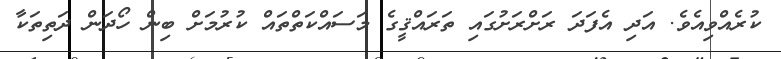
ކުރެއްވިއެވެ. އަދި އެފަދަ ރަށްރަށުގައި ތަރައްޤީގެ މަސައްކަތްތައް ކުރުމަށް ބިން ހޯދަން ދަތިތަކާ